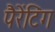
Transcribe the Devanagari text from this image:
पैरेंटिंग